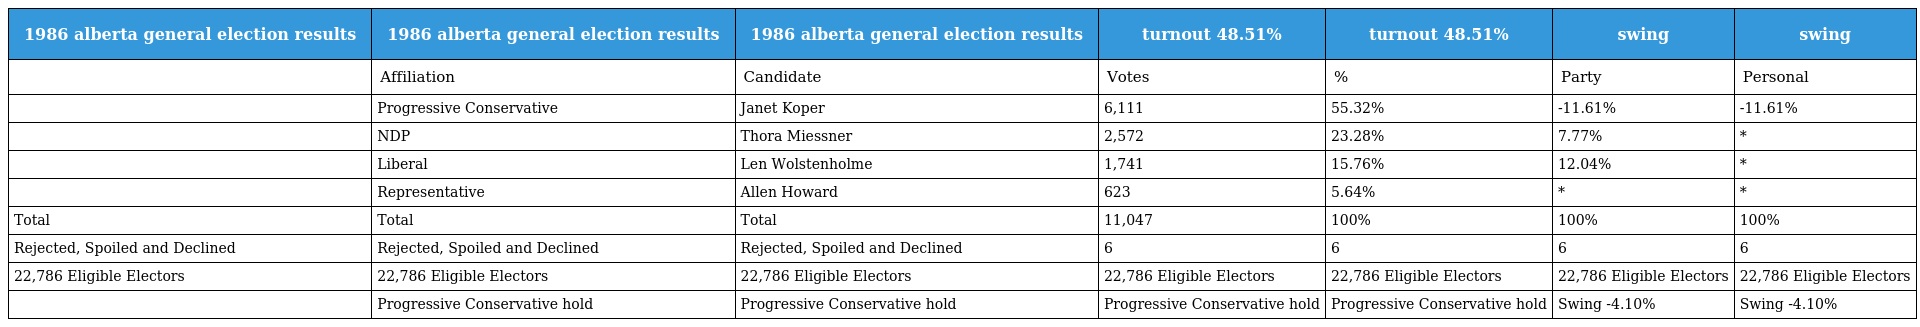
| 1986 alberta general election results | 1986 alberta general election results | 1986 alberta general election results | turnout 48.51% | turnout 48.51% | swing | swing |
 | --- | --- | --- | --- | --- | --- | --- |
 |  | Affiliation | Candidate | Votes | % | Party | Personal |
 |  | Progressive Conservative | Janet Koper | 6,111 | 55.32% | -11.61% | -11.61% |
 |  | NDP | Thora Miessner | 2,572 | 23.28% | 7.77% | * |
 |  | Liberal | Len Wolstenholme | 1,741 | 15.76% | 12.04% | * |
 |  | Representative | Allen Howard | 623 | 5.64% | * | * |
 | Total | Total | Total | 11,047 | 100% | 100% | 100% |
 | Rejected, Spoiled and Declined | Rejected, Spoiled and Declined | Rejected, Spoiled and Declined | 6 | 6 | 6 | 6 |
 | 22,786 Eligible Electors | 22,786 Eligible Electors | 22,786 Eligible Electors | 22,786 Eligible Electors | 22,786 Eligible Electors | 22,786 Eligible Electors | 22,786 Eligible Electors |
 |  | Progressive Conservative hold | Progressive Conservative hold | Progressive Conservative hold | Progressive Conservative hold | Swing -4.10% | Swing -4.10% |